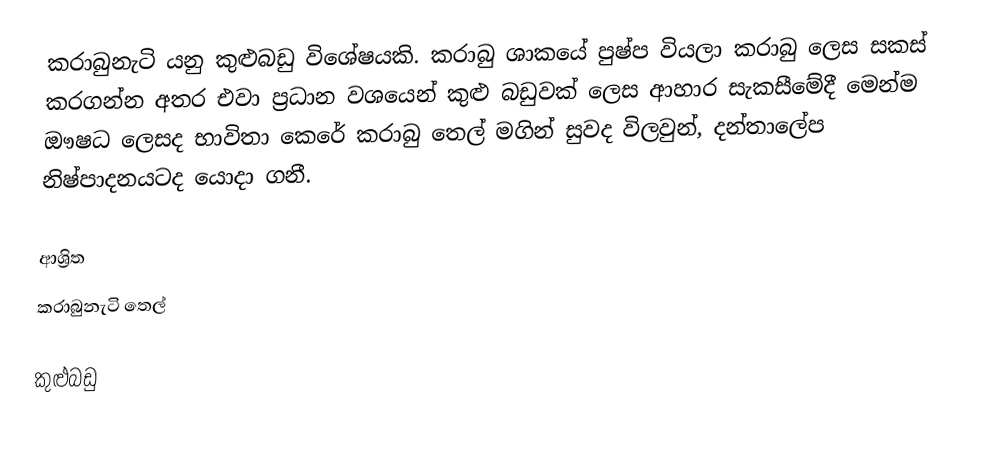
කරාබුනැටි යනු කුළුබඩු විශේෂයකි. කරාබු ශාකයේ පුෂ්ප වියලා කරාබු ලෙස සකස් කරගන්න අතර එවා ප්‍රධාන වශයෙන් කුළු බඩුවක්  ලෙස ආහාර සැකසීමේදී මෙන්ම ඖෂධ ලෙසද භාවිතා කෙරේ කරාබු තෙල් මගින් සුවද විලවුන්, දන්තාලේප නිෂ්පාදනයටද යොදා ගනී.

ආශ්‍රිත
 කරාබුනැටි තෙල්

කුළුබඩු